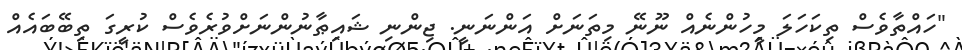
"ހައްތާވެސް ތިކަހަލަ މީހުންނެއް ނޫނޭ މިތަނަށް އަންނަނީ. ޖިންނި ޝައިޠާނުންނަށްވުރެވެސް ކުރީގަ ތިބޭބައެއް